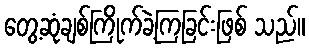
တွေ့ဆုံချစ်ကြိုက်ခဲ့ကြခြင်းဖြစ် သည်။